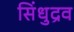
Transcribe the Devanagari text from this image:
सिंधुद्रव